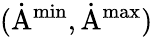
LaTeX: \mathrm{(\dot{A}^{min},\dot{A}^{max})}